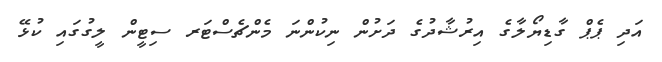
އަދި ޕެޕް ގާޑިޔޯލާގެ އިރުޝާދުގެ ދަށުން ނިކުންނަ މެންޗެސްޓަރ ސިޓީން ލީގުގައި ކުޅޭ